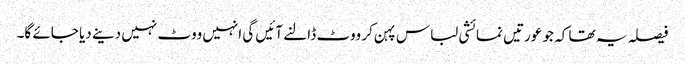
فیصلہ یہ تھا کہ جو عورتیں نمائشی لباس پہن کر ووٹ ڈالنے آئیں گی انہیں ووٹ نہیں دینے دیا جائے گا۔